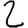
Digit: 2